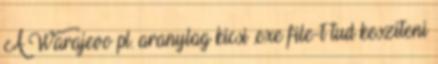
A Warajevo pl. aranylag kicsi .exe file-t tud kesziteni